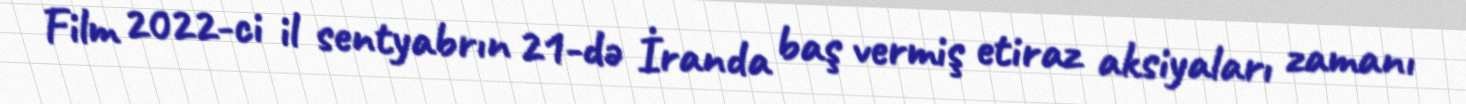
Film 2022-ci il sentyabrın 21-də İranda baş vermiş etiraz aksiyaları zamanı